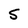
Character: S